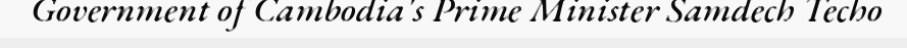
Government of Cambodia's Prime Minister Samdech Techo